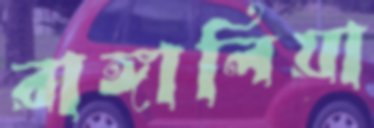
রাঙ্গালিয়া